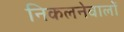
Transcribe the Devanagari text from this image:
निकलनेवालों